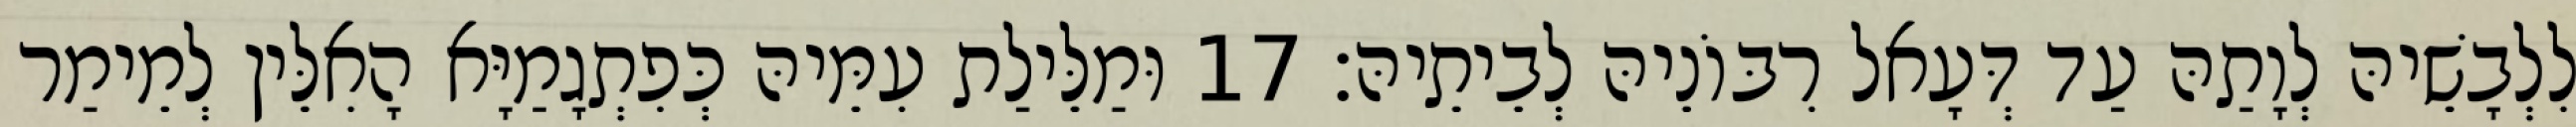
לִלְבָשֵׁיהּ לְוָתַהּ עַד דְּעָאל רִבּוֹנֵיהּ לְבֵיתֵיהּ׃ 17 וּמַלֵּילַת עִמֵּיהּ כְּפִתְגָמַיָּא הָאִלֵּין לְמֵימַר